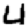
Digit: 4